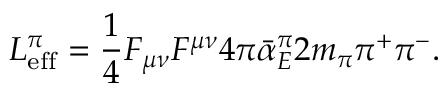
{ \cal L } _ { \mathrm { e f f } } ^ { \pi } = { \frac { 1 } { 4 } } F _ { \mu \nu } F ^ { \mu \nu } 4 \pi \bar { \alpha } _ { E } ^ { \pi } 2 m _ { \pi } \pi ^ { + } \pi ^ { - } .